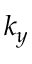
k _ { y }